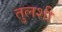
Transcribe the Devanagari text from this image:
तुलशी